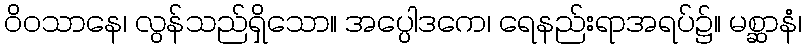
ဝိဝသာနေ၊ လွန်သည်ရှိသော။ အပ္ပေါဒကေ၊ ရေနည်းရာအရပ်၌။ မစ္ဆာနံ၊